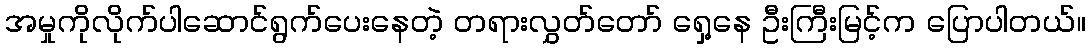
အမှုကိုလိုက်ပါဆောင်ရွက်ပေးနေတဲ့ တရားလွှတ်တော် ရှေ့နေ ဦးကြီးမြင့်က ပြောပါတယ်။